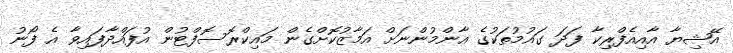
އޭޝިޔާ އާއިއެފްރިކާ ފަދަ ގައުމުތަކުގެ އާންމުންނަށް އަމާޒުކޮށްގެން މައިކްރޮސޮފްޓުން އުފައްދާފައިވާ އެ ފޯނު